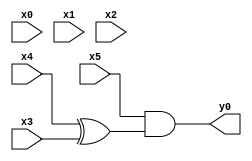
module top( x0 , x1 , x2 , x3 , x4 , x5 , y0 );
  input x0 , x1 , x2 , x3 , x4 , x5 ;
  output y0 ;
  wire n7 , n8 ;
  assign n7 = x4 ^ x3 ;
  assign n8 = x5 & n7 ;
  assign y0 = n8 ;
endmodule